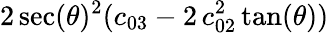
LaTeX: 2\sec(\theta)^{2}(c_{03}-2\, c_{02}^{2}\tan(\theta))